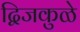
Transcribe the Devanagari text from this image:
द्विजकुळे